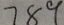
7 8 9